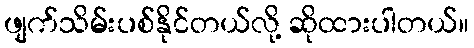
ဖျက်သိမ်းပစ်နိုင်တယ်လို့ ဆိုထားပါတယ်။